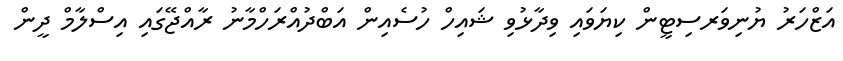
އަޒްހަރު ޔުނިވަރސިޓީން ކިޔަވައި ވިދާޅުވި ޝައިހް ހުސެއިން އަބްދުއްރަހްމާނު ރާއްޖޭގައި އިސްލާމް ދީން